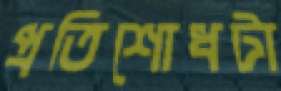
প্রতিশোধটা